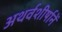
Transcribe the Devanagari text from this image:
अथर्वशीर्षानें